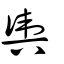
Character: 輿